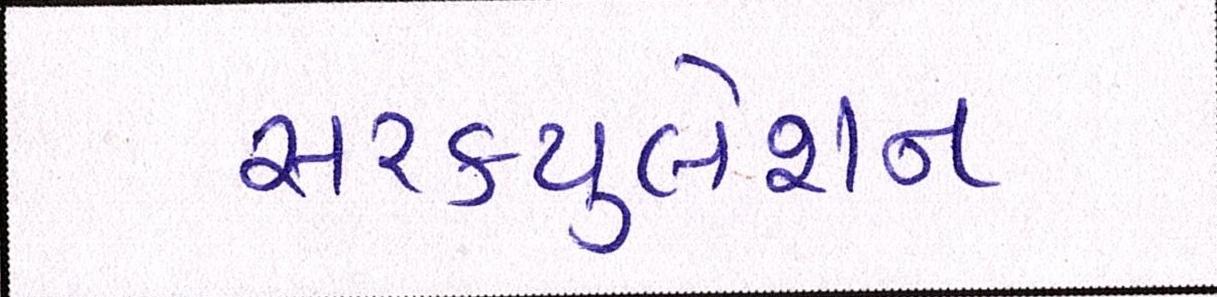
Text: સરકયુલેશન